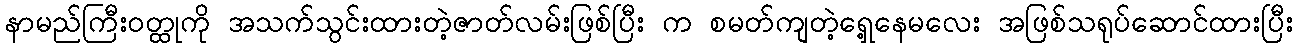
နာမည်ကြီးဝတ္ထုကို အသက်သွင်းထားတဲ့ဇာတ်လမ်းဖြစ်ပြီး က စမတ်ကျတဲ့ရှေ့နေမလေး အဖြစ်သရုပ်ဆောင်ထားပြီး